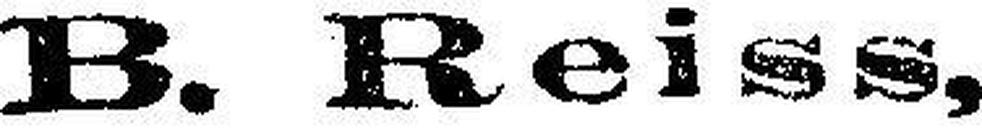
B. Reiss,